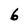
Character: 6